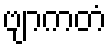
ဗျာကတံ